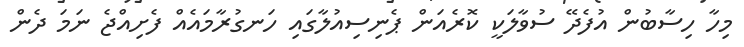
މިހާ ހިސާބުން އުފެދޭ ސުވާލަކީ ކޮރެއަން ޕެނިސިއުލާގައި ހަނގުރާމައެއް ފެށިއްޖެ ނަމަ ދެން